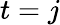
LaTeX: t=j